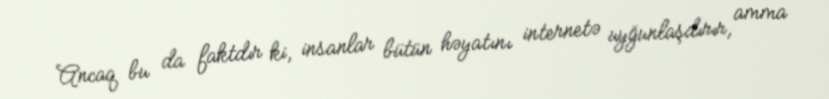
Ancaq bu da faktdır ki, insanlar bütün həyatını internetə uyğunlaşdırır, amma